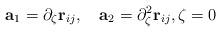
LaTeX: \begin{align*}\mathbf{a}_{1} = \partial_{\zeta}\mathbf{r}_{ij},\quad\mathbf{a}_{2}= \partial^{2}_{\zeta}\mathbf{r}_{ij},\zeta = 0\end{align*}